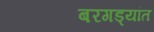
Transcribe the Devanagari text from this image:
बरगड्यांत